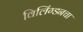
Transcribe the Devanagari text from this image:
विलिंग्डनचा